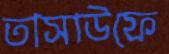
তাসাউফে